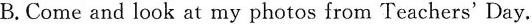
B.Come and look at my photos from Teachers' Day.